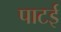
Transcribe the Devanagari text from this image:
पाटई